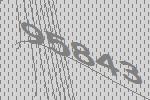
95843